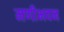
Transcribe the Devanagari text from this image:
मणीभवन